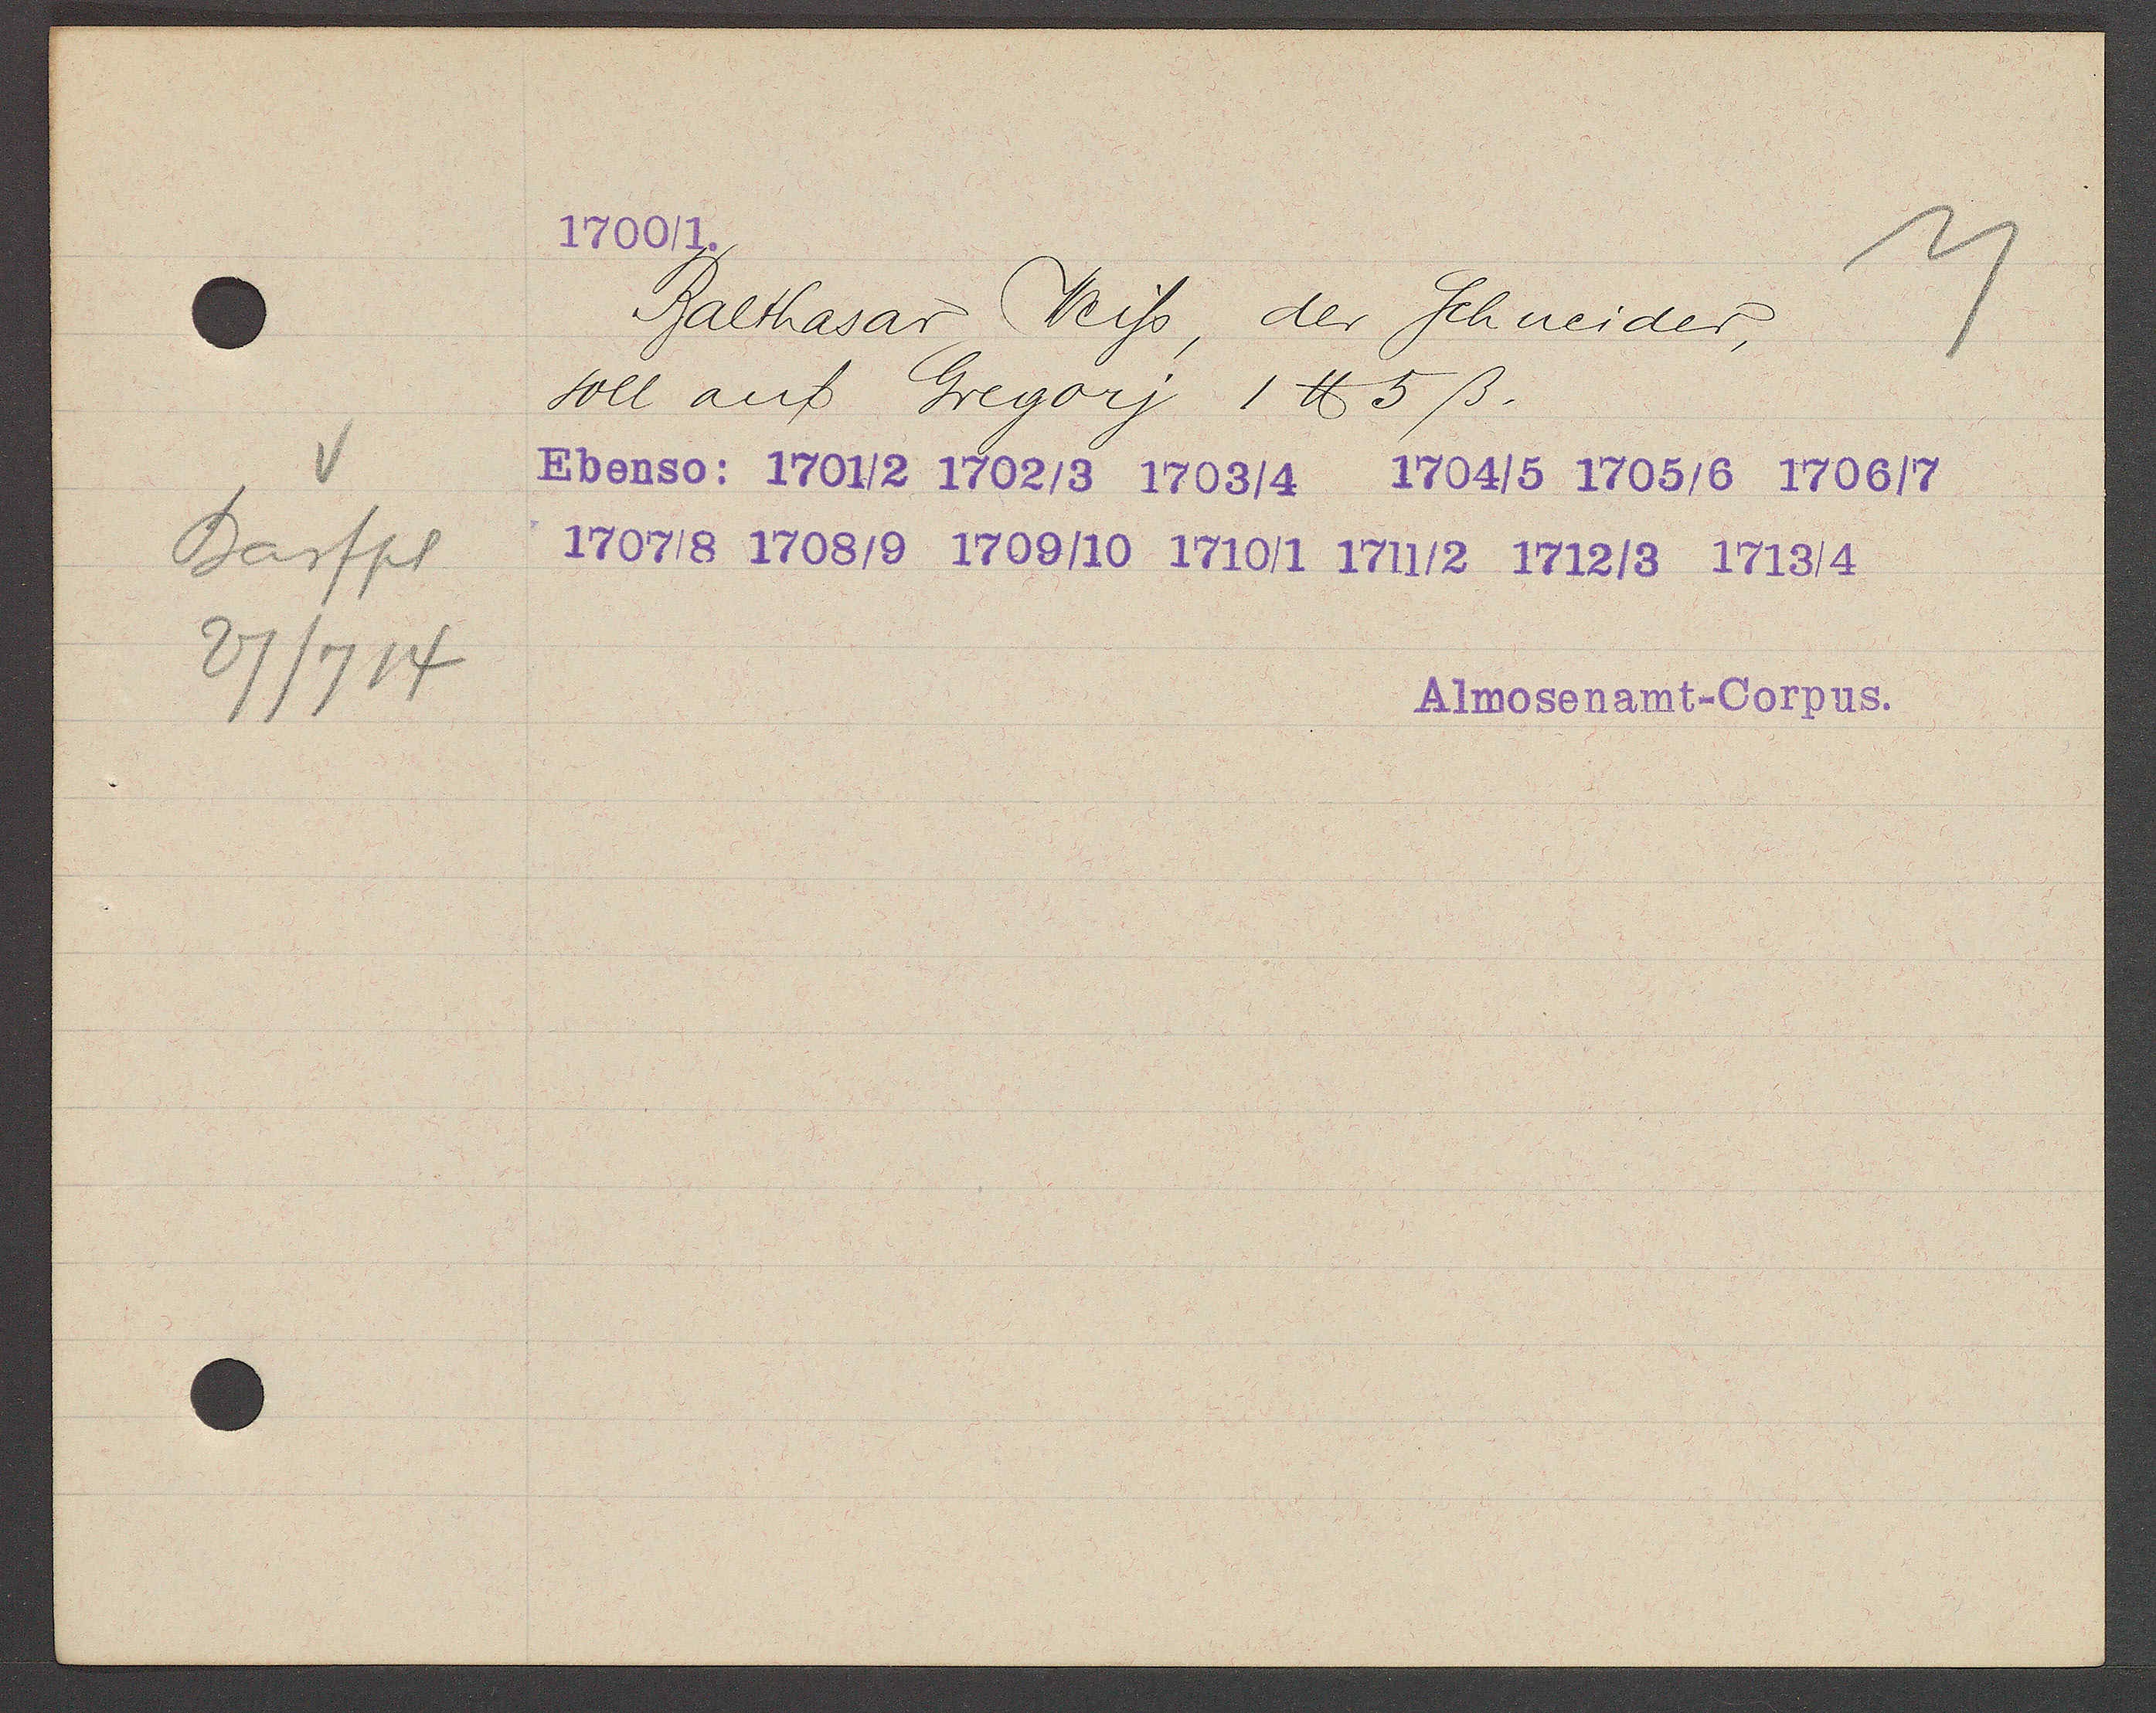
Transcript:
Barfpl
27/714

1700/1.

Balthasar Weiss, der Schneider,
soll auf Gregorj 1 ℔ 5ß.
Ebenso: 1701/2 1702/3 1703/4 1704/5 1705/6 1706/7
1707/8 1708/9 1769/10 1710/1 1711/2 1712/3 1713/4

Almosenamt-Corpus.